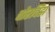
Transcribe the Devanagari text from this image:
चोरदिंडा